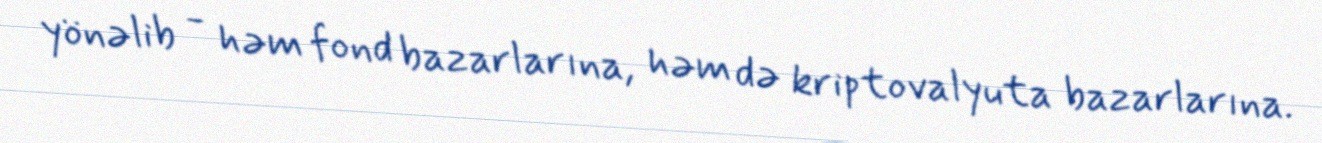
yönəlib - həm fond bazarlarına, həm də kriptovalyuta bazarlarına.